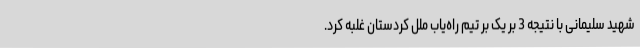
شهید سلیمانی با نتیجه 3 بر یک بر تیم راه‌یاب ملل کردستان غلبه کرد.